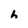
Character: h